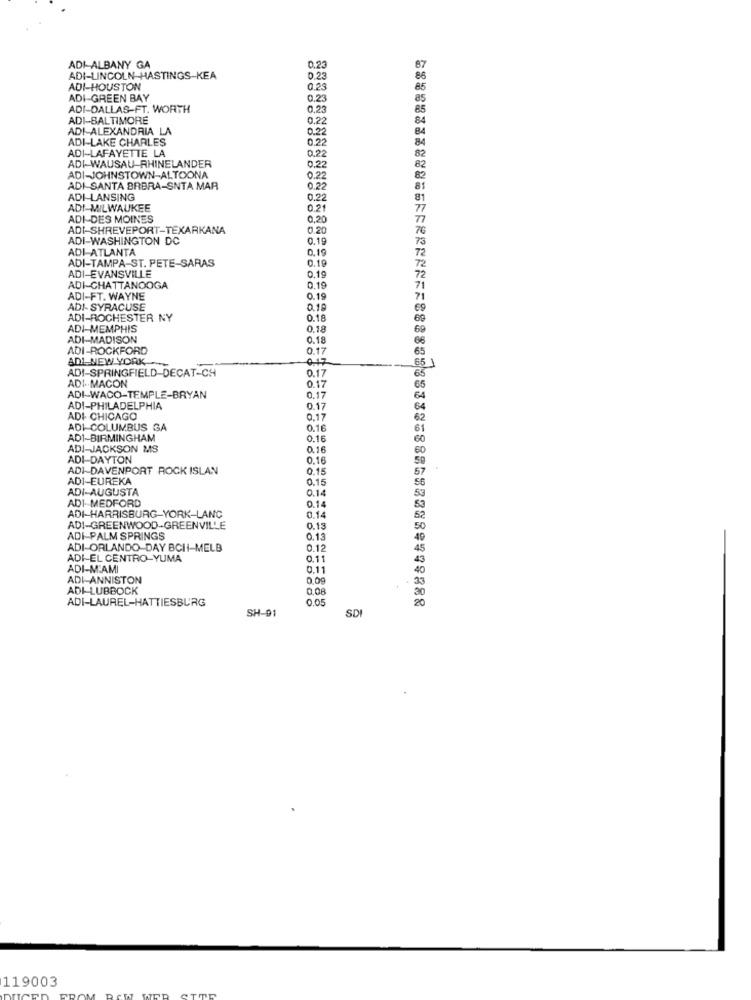
ADI-ALBANY GA
0.23
ADI-LINCOLN-HASTINGS-KEA
0.23
ADI-HOUSTON
0,23
ADI-GREEN BAY
0.23
ADI-DALLAS-FT. WORTH
0,23
ADI-BALTIMORE
0,22
ADI-ALEXANDRIA LA
0.22
ADI-LAKE CHARLES
0.22
0.22
ADI-LAFAYETTE LA
ADI-WAUSAU RHINELANDER
0.22
ADI-JOHNSTOWN-ALTOONA
0.2
ADI-SANTA BRBRA-SNTA MAR
0.2
ADI-LANSING
0.22
ADI-MILWAUKEE
0.21
ADI-DES MOINES
0,20
ADI-SHREVEPORT-TEXARKANA
0.20
ADI-WASHINGTON DC
0.19
ADI ATLANTA
0.19
ADI-TAMPA-ST. PETE-SARAS
0.19
0.19
ADI-EVANSVILLE
ADI-CHATTANOOGA
0.19
ADI-FT. WAYNE
0.19
ADI- SYRACUSE
0.19
ADI-ROCHESTER NY
0.18
ADI-MEMPHIS
0.18
ADI-MADISON
0.18
ADI-ROCKFORD
0.17
ADI NEW YORK
ADI-SPRINGFIELD-DECAT-CH
0.17
ADI. MACON
0.17
ADI-WACO-TEMPLE-BRYAN
0.17
ADI-PHILADELPHIA
0.17
ADI CHICAGO
0.1
ADI COLUMBUS GA
0.16
ADI-BIRMINGHAM
0.16
ADI-JACKSON MS
0.16
ADI DAYTON
0.16
ADI- DAVENPORT ROCK ISLAN
0.15
ADI-EUREKA
0.15
ADI-AUGUSTA
0.14
ADI-MEDFORD
0.14
ADI-HARRISBURG-YORK-LANC
0.1
ADI-GREENWOOD-GREENVILLE
0.13
ADI-PALM SPRINGS
0.13
ADI-ORLANDO DAY BCI-MELB
0.12
ADI-EL CENTRO-YUMA
0.11
ADI-MAMI
0.11
ADI-ANNISTON
0.09
ADI LUBBOCK
0.08
ADI-LAUREL-HATTIESBURG
0.05
SH-91
SDI
119003